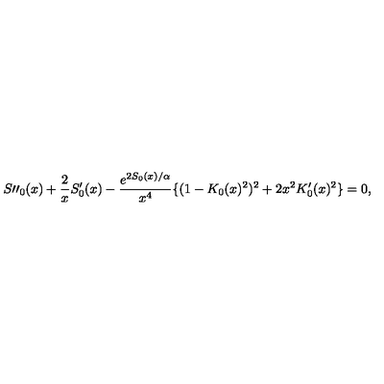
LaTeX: S \prime \prime _ { 0 } ( x ) + \frac { 2 } { x } S _ { 0 } ^ { \prime } ( x ) - \frac { e ^ { 2 S _ { 0 } ( x ) / \alpha } } { x ^ { 4 } } \{ ( 1 - K _ { 0 } ( x ) ^ { 2 } ) ^ { 2 } + 2 x ^ { 2 } K _ { 0 } ^ { \prime } ( x ) ^ { 2 } \} = 0 ,